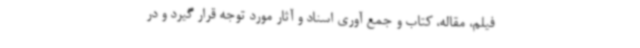
فیلم، مقاله، کتاب و جمع آوری اسناد و آثار مورد توجه قرار گیرد و در